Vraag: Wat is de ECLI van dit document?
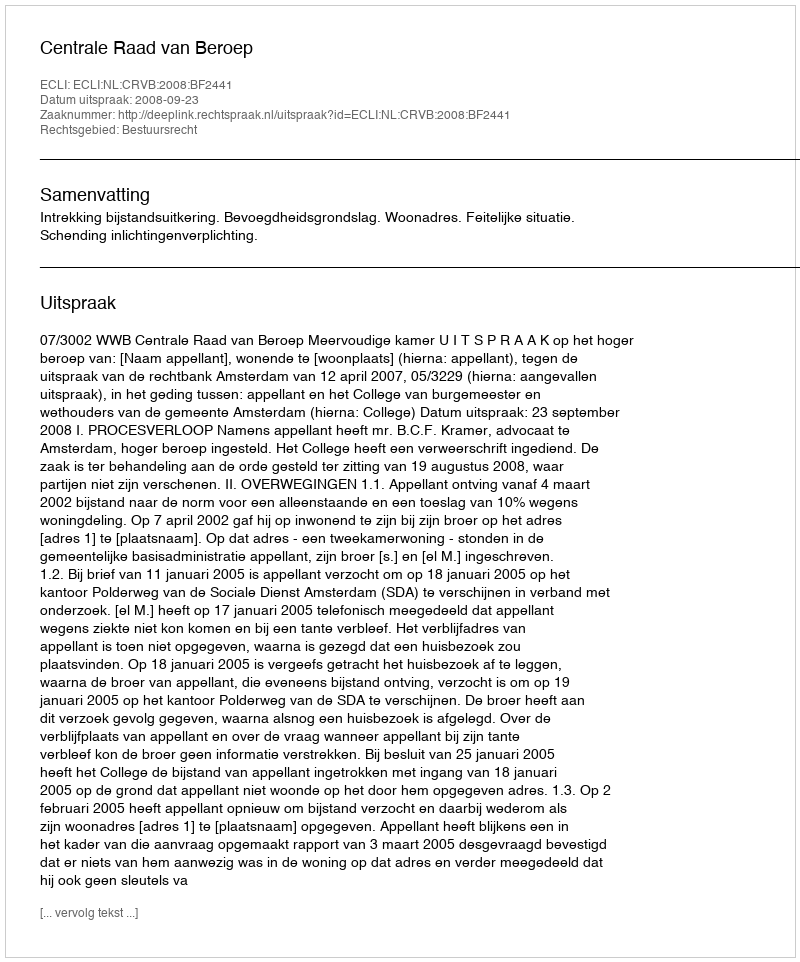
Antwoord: ECLI:NL:CRVB:2008:BF2441